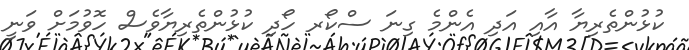
ކުޅުންތެރިޔާ އާއި އަދި އެންމެ ގިނަ ސްކޯރ ހޯދި ކުޅުންތެރިޔާވެސް ހޮވުމަށް ވަނީ